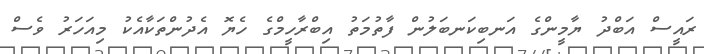
ރައީސް އަބްދު ޔާމީންގެ އަނބިކަނބަލުން ފާތުމަތު އިބްރާހީމްގެ ހެޔޮ އެދުންތަކާއެކު މިއަހަރު ވެސް